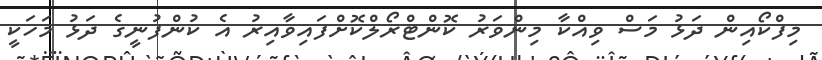
މިފްކޯއިން ދަޅު މަސް ވިއްކާ މިންވަރު ކޮންޓްރޯލްކޮށްފައިވާއިރު އެ ކުންފުނީގެ ދަޅު މަހަކީ